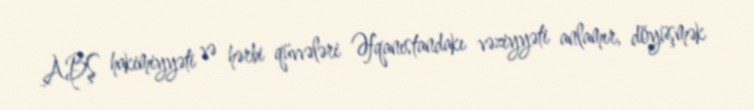
ABŞ hakimiyyəti və hərbi qüvvələri Əfqanıstandakı vəziyyəti anlamır, döyüşmək